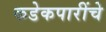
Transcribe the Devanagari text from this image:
कडेकपारींचे